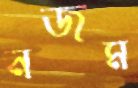
নজম